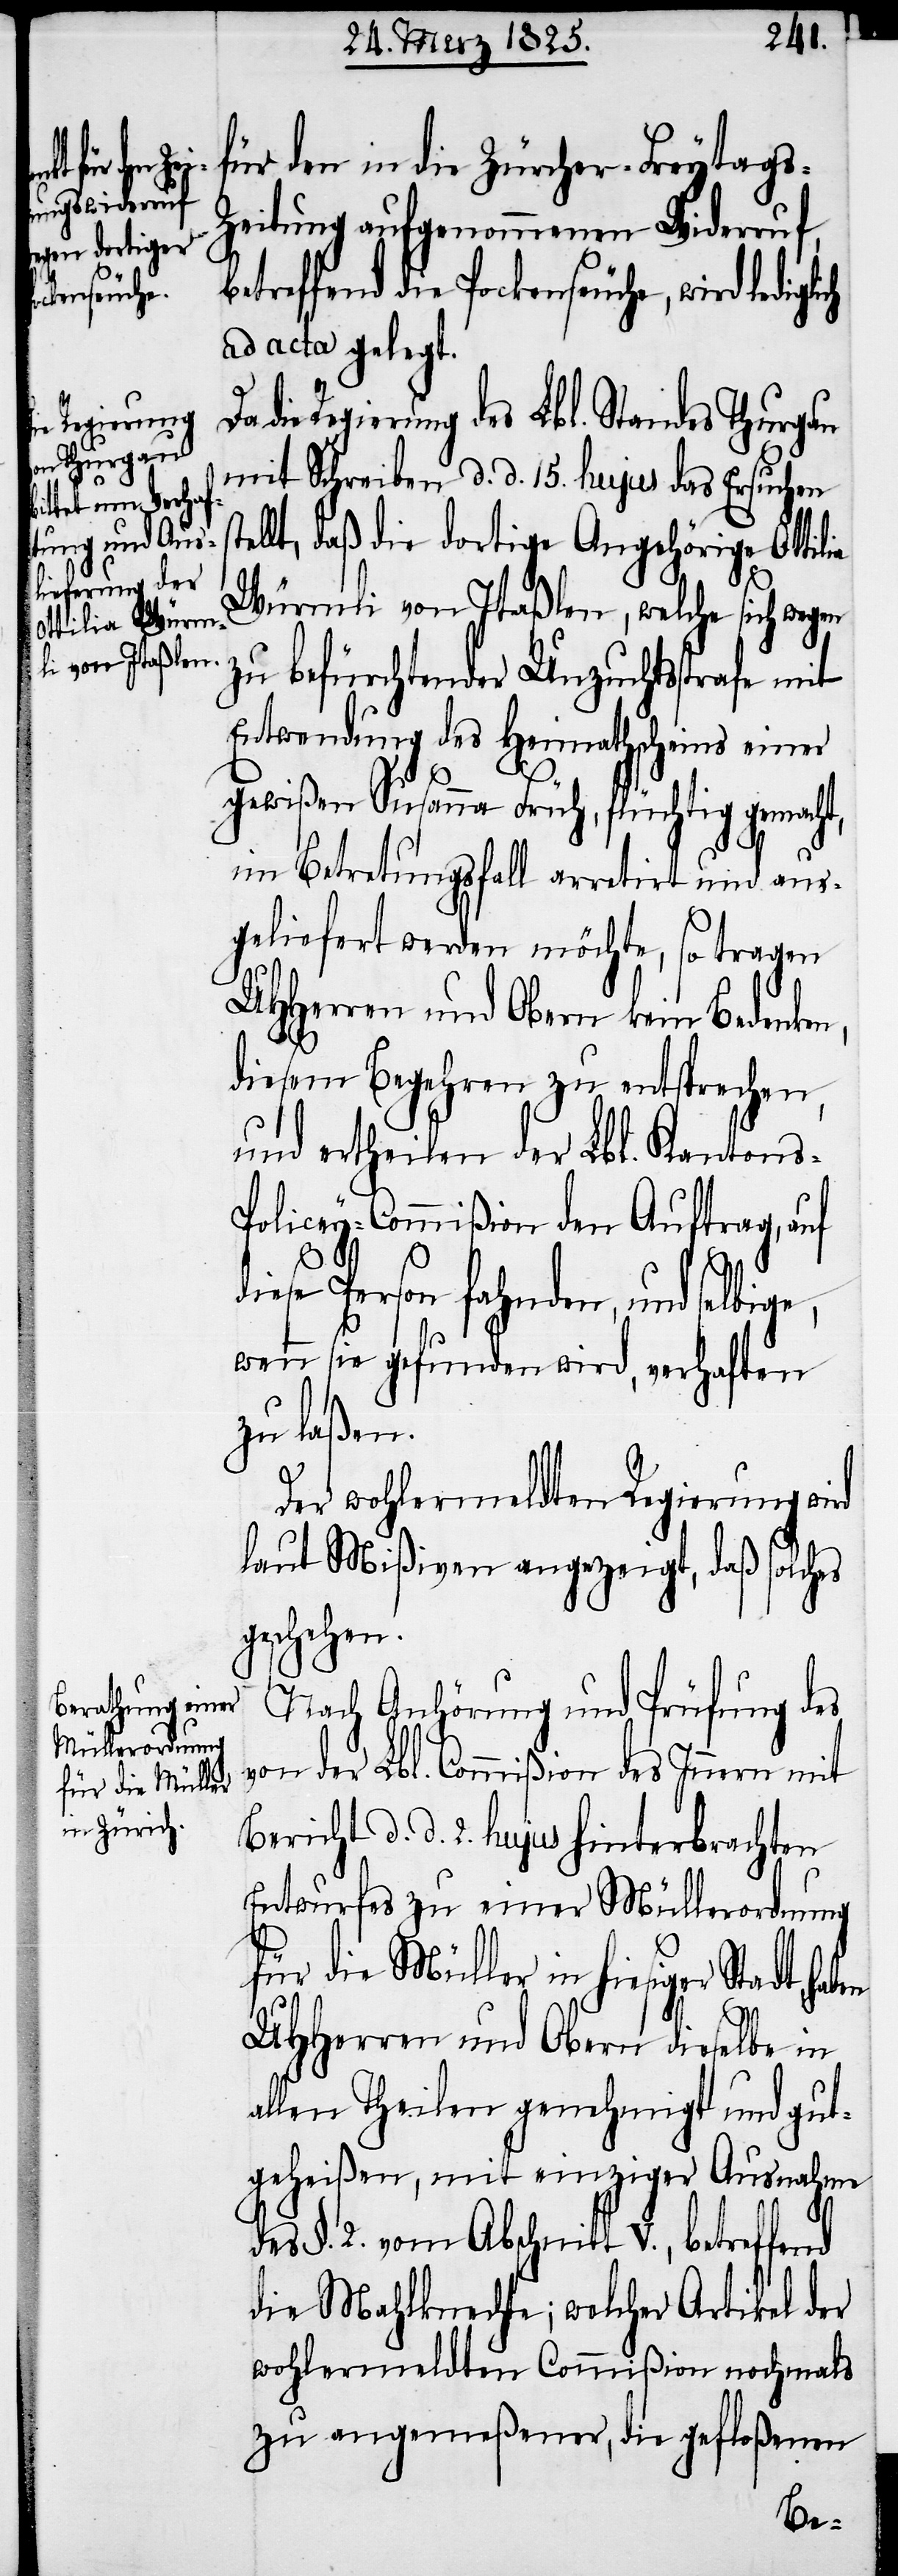
lia

für den in die Zürcher-Freytags-Z¬
eitung aufgenommenen Widerruf,
betreffend die Pockenseuche, wird lediglich
ad acta gelegt.
die Regierung des Lbl. Standes Thurgau
mit Schreiben d. d. 15. hujus das Ersuchen
lt, daß die dortige Angehörige Otti¬
Würmli von Itaßlen, welche sich wegen
zu befürchtender Unzuchtsstrafe mit
Entwendung des Heimathscheins einer
gewißen Susanna Früh, flüchtig gemacht,
im Betretungsfall arretirt und aus¬
geliefert werden möchte, so tragen
UHHerren und Obern kein Bedenken,
diesem Begehren zu entsprechen,
und ertheilen der Lbl. Kantons-P¬
olicey-Commißion den Auftrag, auf
diese Person fahnden, und selbig¬
wenn sie gefunden wird, verhaften
zu laßen.
Der wohlermeldten Regierung wird
laut Mißiven angezeigt, daß solches
geschehen.
Nach Anhörung und Prüfung des
von der Lbl. Commißion des Innern mit
Bericht d. d. 2. hujus hinterbrachten
Entwurfes zu einer Müllerordnung
für die Müller in hiesiger Stadt,
UHHerren und Obern dieselbe in
allen Theilen genehmigt und gut¬
geheißen, mit einziger Ausnahme
des §. 2. vom Abschnitt V., betreffend
die Mahlknechte; welcher Artikel der
wohlermeldten Commißion nochmals
zu angemeßener, die gefloßenen
e,